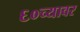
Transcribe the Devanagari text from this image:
६०च्यावर